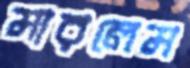
মারলেম